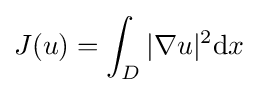
\displaystyle J(u)=\int _{D}|\nabla u|^{2}\mathrm {d} x